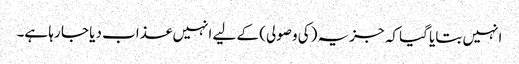
انہیں بتایا گیا کہ جزیہ (کی وصولی) کے لیے انہیں عذاب دیا جا رہا ہے۔